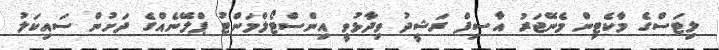
ލިޓަސްގެ މާކެޓިން މެނޭޖަރު އާސިފް ރަޝީދު ވިދާޅުވީ އިންސްޓޯލްމަންޓު ޕްލޭނެއްގެ ދަށުން ސައިކަލު